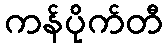
ကန်ပိုက်တီ